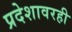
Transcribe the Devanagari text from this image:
प्रदेशावरही